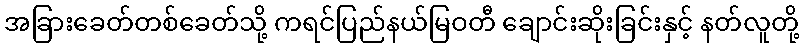
အခြားခေတ်တစ်ခေတ်သို့ ကရင်ပြည်နယ်မြဝတီ ချောင်းဆိုးခြင်းနှင့် နတ်လူတို့